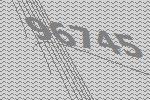
96745